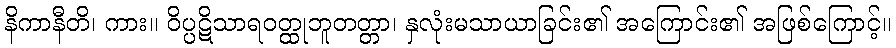
နိကာနီတိ၊ ကား။ ဝိပ္ပဋိသာရဝတ္ထုဘူတတ္တာ၊ နှလုံးမသာယာခြင်း၏ အကြောင်း၏ အဖြစ်ကြောင့်။